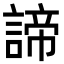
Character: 諦